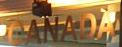
canada